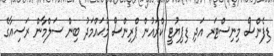
ޑިފެންސް މިނިސްޓަރ އަދި ޑިޕިޔުޓީ ކްރައުން ޕްރިންސް މުޙައްމަދު ބިން ސަލްމާން ރަސިއާގެ